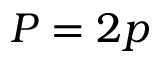
P = 2 p